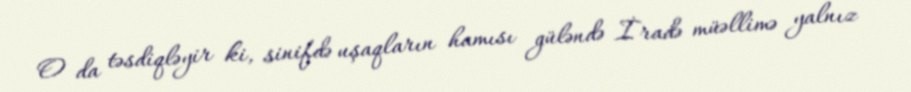
O da təsdiqləyir ki, sinifdə uşaqların hamısı güləndə İradə müəllimə yalnız